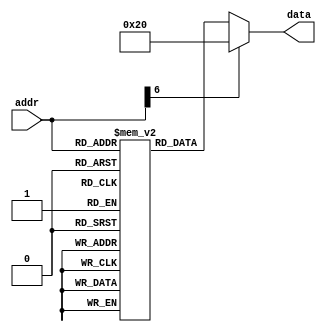
module Instruction_Mem(
	input wire [6:0] addr,
	output wire [31:0] data );

//parameter NMEM = 128;   // Number of memory entries, not the same as the memory size
//parameter IM_DATA = "im_data.txt";  // file to read data from
reg [31:0] mem [0:127];  // 32-bit memory with 128 entries

initial
begin
/*
	mem[0] = 32'b100011_00000_10000_00000_00000_000000; // lw s0 0($zero) , s0 = 0 
	mem[1] = 32'b100011_00000_10001_00000_00000_000100; // lw s1 4($zero) , s1 = 0
	mem[2] = 32'b000000_10000_10001_10000_00000_100000; // add s0 s0 s1 , s0 = 0 
	*/

	// $readmemh(IM_DATA, mem, 0, NMEM-1);
	mem[0] = 32'b100011_00000_10000_00000_00000_000000; // lw s0 0($zero) , s0 = 1 
	mem[1] = 32'b100011_00000_10001_00000_00000_000100; // lw s1 4($zero) , s1 = 0
	// RAW, 1stall + forwarding 
	mem[2] = 32'b000000_10000_10001_10010_00000_100000; // add s2 s0 s1 , s2 = 1 
	mem[3] = 32'b000000_10000_10001_10011_00000_100010; // sub s3 s0 s1 , s3 = 1
	mem[4] = 32'b000000_10010_10011_10100_00000_100100; // and s4 s2 s3 , s4 = 1
	mem[5] = 32'b000000_10010_10011_10101_00000_100110; // xor s5 s2 s3 , s5 = 0
	mem[6] = 32'b000000_10101_10100_10110_00000_101010; // slt s6 s5 s4 , s6 = 1
 	mem[7] = 32'b000100_10101_10001_00000_00000_000001; // beq s5 s1 1 , s5 = s1 = 0
	mem[8] = 32'b000010_00000_00000_00000_00000_001101; // j 13 , it is not executed at first, but is executed after the jump. (mem[12])
	mem[9] = 32'b100011_00000_10111_00000_00000_001000; // lw s7 8($zero) , s7 = 0
	mem[10]= 32'b101011_10111_10101_00000_00000_010000; // sw s5 16(s7) , mem[4] = 0
	mem[11]= 32'b100011_10111_10000_00000_00000_010000; // lw s0 16(s7) , s0 = mem[4] = 0
	mem[12]= 32'b000010_00000_00000_00000_00000_000011; // j 3
	mem[13]= 32'b000000_10000_00000_10111_00000_100111; // nor s7 s0 $zero , s7 = 32'b1111_1111_1111_1111_1111_1111_1111_1111;
	mem[14]= 32'b100011_00000_01000_00000_00000_101000; // lw t0 40($zero) , t0 = 32'b0101_0101_1010_1010_0101_0101_1010_1010;
	mem[15]= 32'b100011_00000_01001_00000_00000_101100; // lw t1 44($zero) , t1 = 32'b0111_0111_1000_1000_0111_0111_1000_1000;
	mem[16]= 32'b000000_01000_01001_01010_00000_100000; // add t2 t0 t1    , t2 = 32'b1100_1101_0011_0010_1100_1101_0011_0010; positive value (overflow)
	mem[17]= 32'b000000_01000_01001_01011_00000_100010; // sub t3 t0 t1    , t3 = 32'b1101_1110_0010_0001_1101_1110_0010_0010; negative value
	mem[18]= 32'b000000_01000_01001_01100_00000_100100; // and t4 t0 t1    , t4 = 32'b0101_0101_1000_1000_0101_0101_1000_1000;
	mem[19]= 32'b000000_01000_01001_01101_00000_100110; // xor t5 t0 t1    , t5 = 32'b0010_0010_0010_0010_0010_0010_0010_0010;
	mem[20]= 32'b000000_01010_01011_01110_00000_101010; // slt t6 t2 t3    , t6 = 32'd1;
	
end

//assign data = mem[addr][31:0];
// if address is negative number, do nothing
assign data = (addr[6] == 0) ? mem[addr][31:0] : 32'b000000_00000_00000_00000_00000_100000; // add $zero, $zero, $zero : do nothing

endmodule